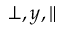
\perp , y , \parallel